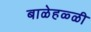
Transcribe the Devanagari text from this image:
बाळेहळ्ळी